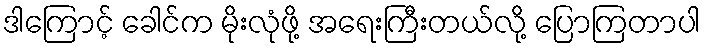
ဒါကြောင့် ခေါင်က မိုးလုံဖို့ အရေးကြီးတယ်လို့ ပြောကြတာပါ